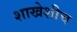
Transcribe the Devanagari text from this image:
शाखेशीच